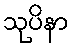
သုပိနာ